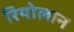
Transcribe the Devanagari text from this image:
रियोलान